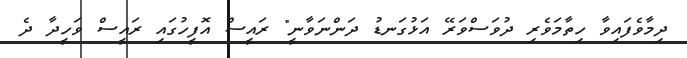
ދިމާވެފައިވާ ހިތާމަވެރި ދުވަސްވަރޭ އަޅުގަނޑު ދަންނަވާނީ" ރައީސް އޮފީހުގައި ރައީސް ވަހީދާ ދެ